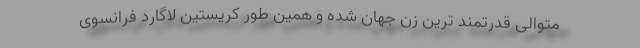
متوالی قدرتمند ترین زن جهان شده و همین طور کریستین لاگارد فرانسوی